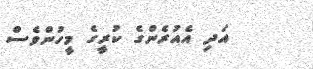
އަދި އެއުރެންގެ ކުރީގެ މީހުންވެސް